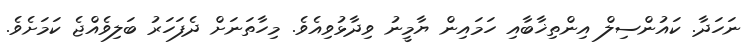
ނަހަދާ. ކައުންސިލް އިންތިޚާބާއި ހަމައިން ޔާމީނު ވިދާޅުވިއެވެ. މިހާތަނަށް ދެފަހަރު ބަލިވެއްޖެ ކަމަށެވެ.